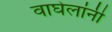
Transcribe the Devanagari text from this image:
वाघेलांनी